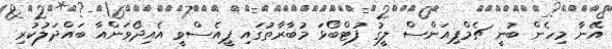
އޭނާ މިހެން ބުނީ ޗެމްޕިއަންސް ލީގު ފުޓްބޯޅަ މުބާރާތުގައި ޕީއެސްވީ އެއިދޯވަންއާ ބައްދަލުކުރި